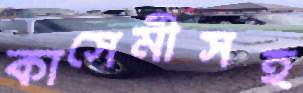
কাসেমীসহ